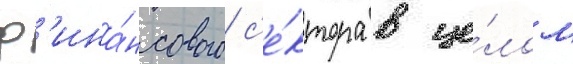
ф'ина́нсового с'е́ктора в це́лом